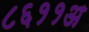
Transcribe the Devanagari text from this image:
८६११अ